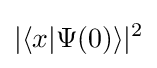
|\langle x|\Psi (0)\rangle |^{2}